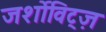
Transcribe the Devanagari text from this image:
जर्शोविट्ज़